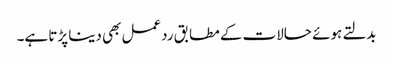
بدلتے ہوئے حالات کے مطابق ردعمل بھی دینا پڑتا ہے۔